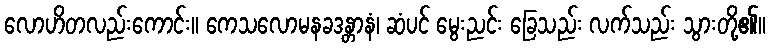
လောဟိတလည်းကောင်း။ ကေသလောမနခဒန္တာနံ၊ ဆံပင် မွေးညင်း ခြေသည်း လက်သည်း သွားတို့၏။